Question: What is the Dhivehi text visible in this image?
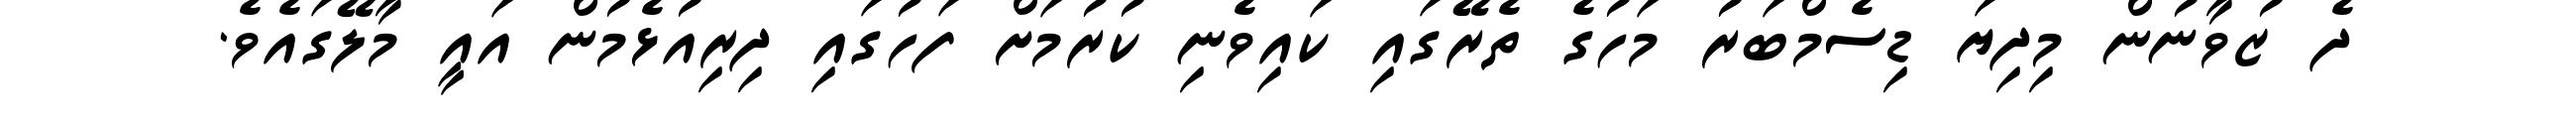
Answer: ދެ ޒުވާނުން މިދިޔަ ޑިސެމްބަރު މަހުގެ ތެރޭގައި ކައިވެނި ކުރުމަށް ފަހުގައި ދިރިއުޅެމުން އައީ މާލޭގައެވެ.